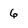
Character: 6